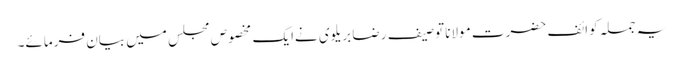
یہ جملہ کوائف حضرت مولانا توصیف رضا بریلوی نےایک مخصوص مجلس میں بیان فرمائے۔